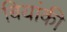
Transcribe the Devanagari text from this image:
बियांकी